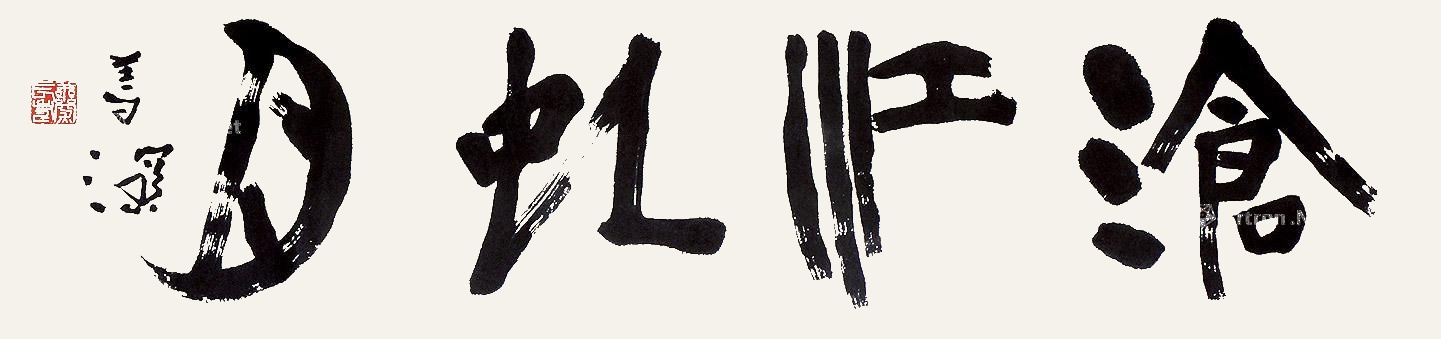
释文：沧江虹月杨善深